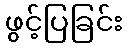
ဖွင့်ပြခြင်း